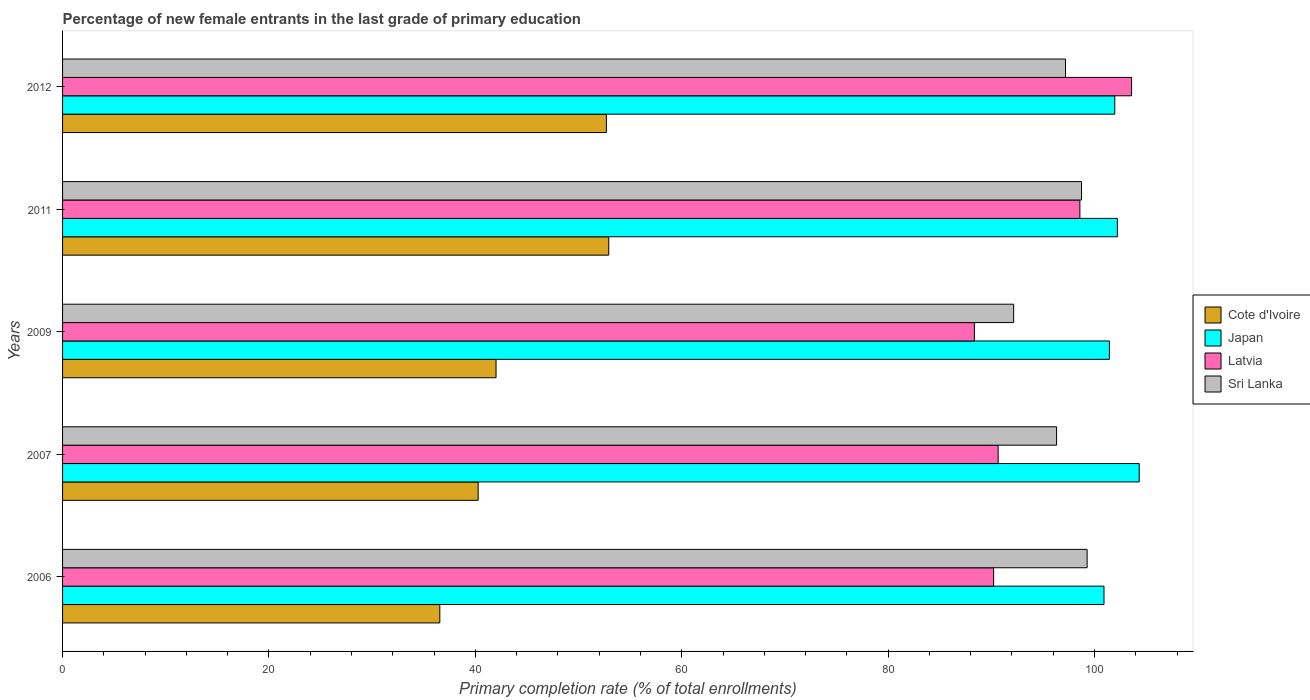
| Years | Cote d'Ivoire | Japan | Latvia | Sri Lanka |
 | --- | --- | --- | --- | --- |
 | 2006 | 36.6 | 101 | 90.2 | 99.3 |
 | 2007 | 40.3 | 104 | 90.7 | 96.3 |
 | 2009 | 42 | 101 | 88.4 | 92.2 |
 | 2011 | 52.9 | 102 | 98.6 | 98.7 |
 | 2012 | 52.7 | 102 | 104 | 97.2 |